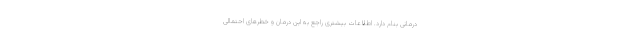
درمانی بنام دارد. اطلاعات بیشتری راجع به این درمان و خطرهای احتمالی